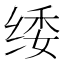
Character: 𮉫